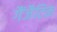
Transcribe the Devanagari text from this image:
गैंजैटिक